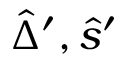
\hat { \Delta } ^ { \prime } , \hat { s } ^ { \prime }